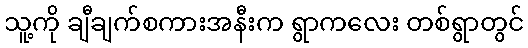
သူ့ကို ချီချက်စကားအနီးက ရွာကလေး တစ်ရွာတွင်